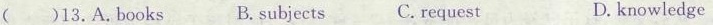
( )13.A.Books B.Subjects C. Request D. knowledge